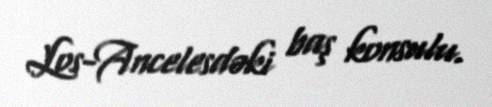
Los-Ancelesdəki baş konsulu.